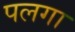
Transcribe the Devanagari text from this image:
पलगा